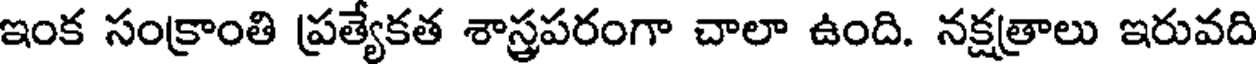
ఇంక సంక్రాంతి ప్రత్యేకత శాస్త్రపరంగా చాలా ఉంది. నక్షత్రాలు ఇరువది